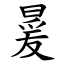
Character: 㬊